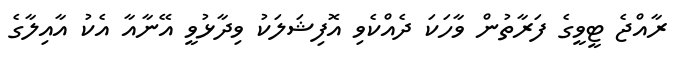
ރާއްޖެ ޓީވީގެ ފަރާތުން ވާހަކަ ދެއްކެވި އޮފިޝަލަކު ވިދާޅުވީ އޭނާއާ އެކު އާއިލާގެ